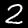
Label: 2